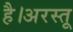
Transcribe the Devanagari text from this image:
है।अरस्तू